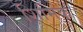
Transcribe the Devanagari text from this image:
शिमिक